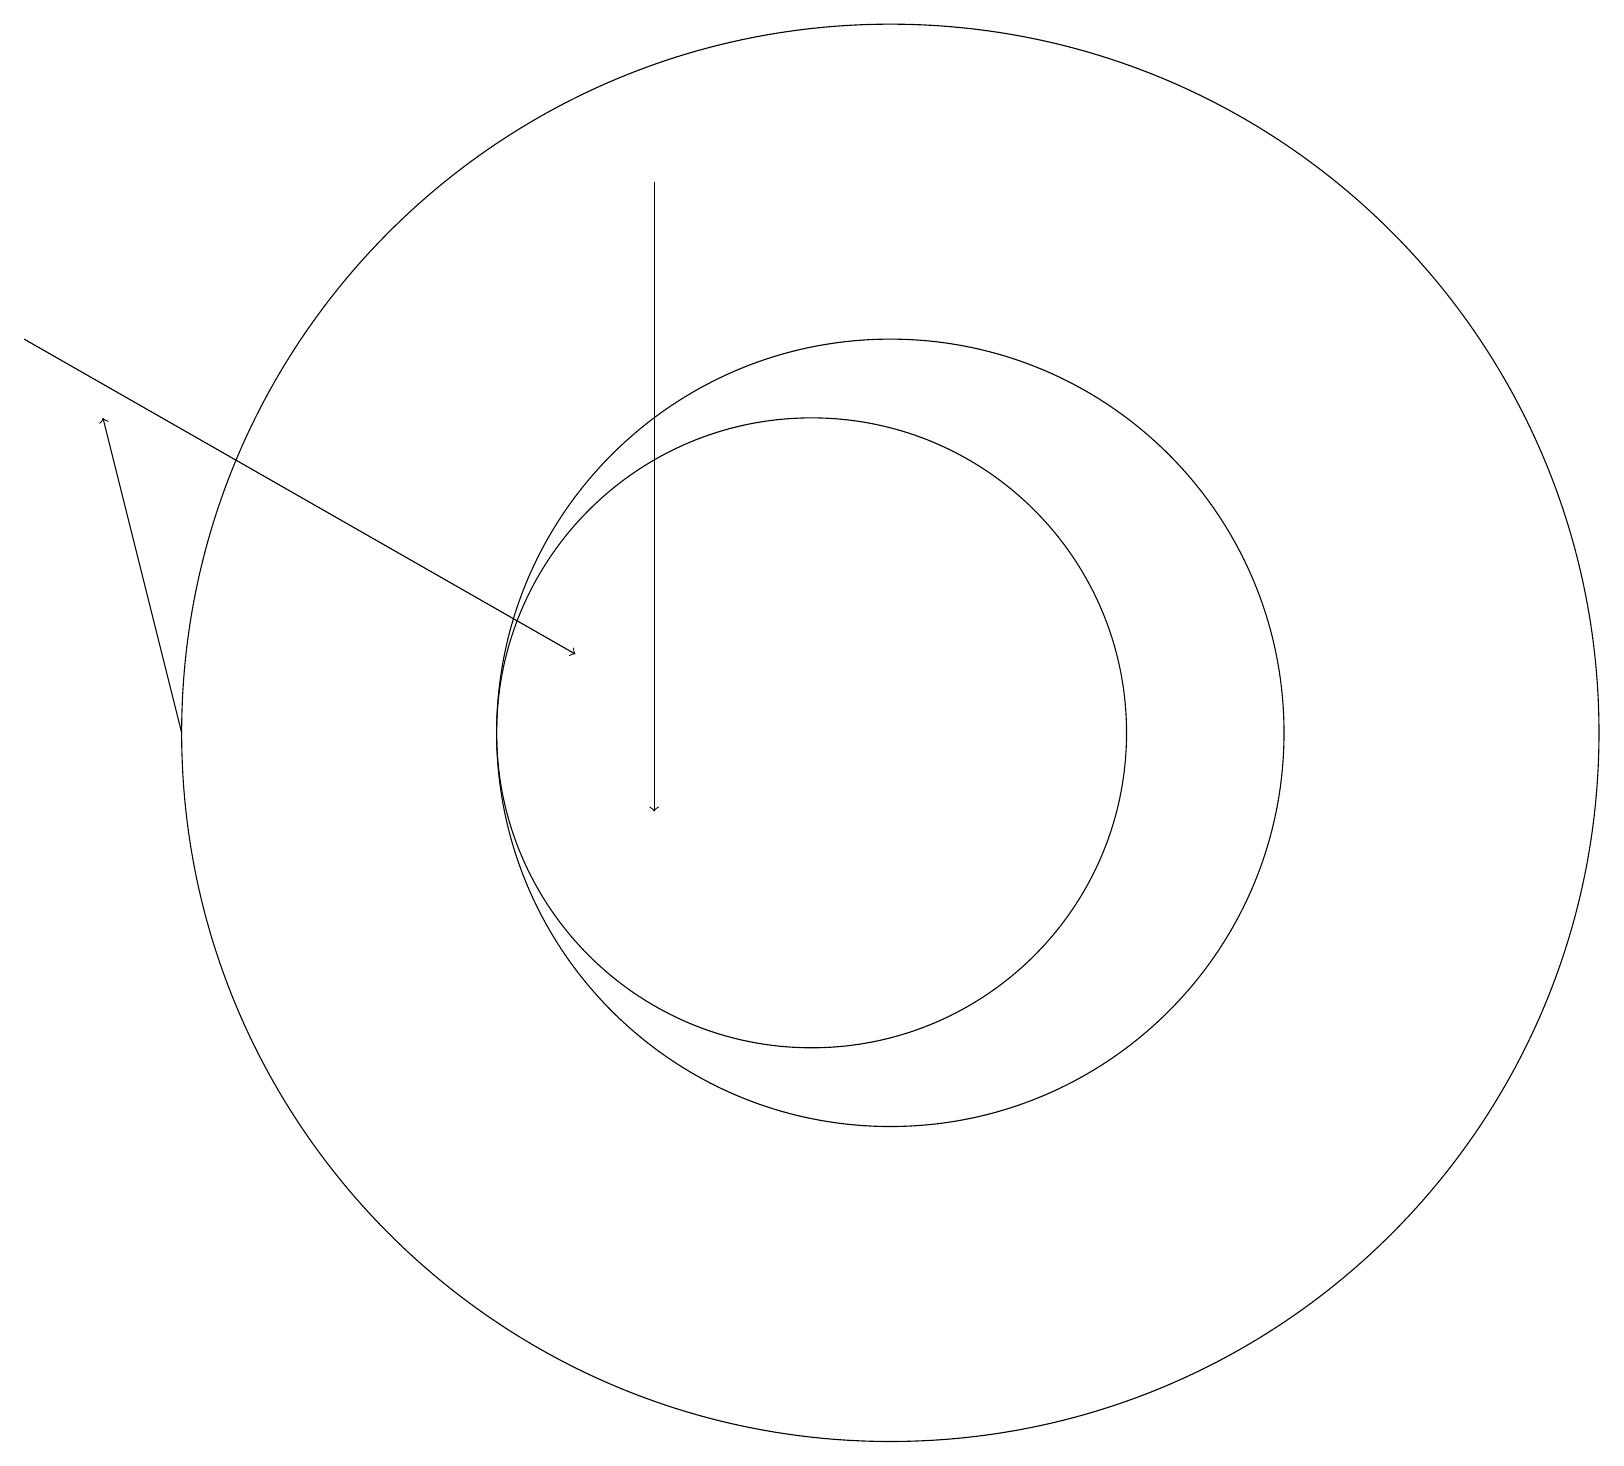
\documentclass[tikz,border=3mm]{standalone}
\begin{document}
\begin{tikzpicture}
\draw[->] (2,11) -- (1,15);
\draw[->] (0,16) -- (7,12);
\draw (11,11) circle (5);
\draw (11,11) circle (9);
\draw (10,11) circle (4);
\draw[->] (8,18) -- (8,10);
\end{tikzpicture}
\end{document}